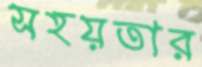
সহয়তার